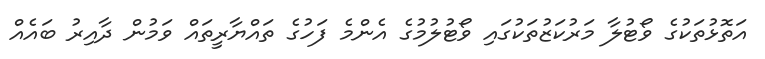
އަތޮޅުތަކުގެ ވޯޓުލާ މަރުކަޒުތަކުގައި ވޯޓުލުމުގެ އެންމެ ފަހުގެ ތައްޔާރީތައް ވަމުން ދާއިރު ބައެއް